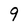
Character: 9